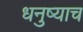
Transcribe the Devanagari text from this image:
धनुष्याच